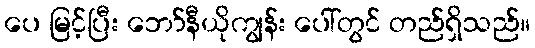
ပေ မြင့်ပြီး ဘော်နီယိုကျွန်း ပေါ်တွင် တည်ရှိသည်။